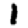
Digit: 1